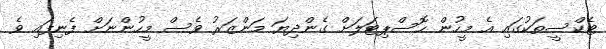
ޓެކްސީތަކުގައި އެ މީހުން ހޮސްޕިޓަލަށް ގެންދިޔަ މަންޒަރު ވެސް މީހުންނަށް ފެނިފައި ވެ